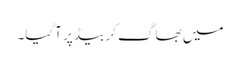
میں بھاگ کر بیڈ پر آگیا۔